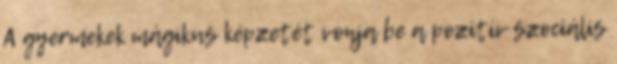
A gyermekek mágikus képzetét vonja be a pozitív szociális